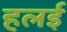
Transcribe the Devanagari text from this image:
हलई